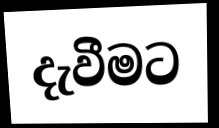
දැවීමට